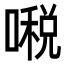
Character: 𠾔